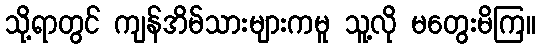
သို့ရာတွင် ကျန်အိမ်သားများကမူ သူ့လို မတွေးမိကြ။